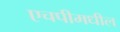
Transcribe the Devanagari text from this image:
एचपीमधील